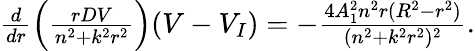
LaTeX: \begin{array}{r}{\frac{d}{dr}\left(\frac{rDV}{n^{2}+k^{2}r^{2}}\right)(V-V_{I})=-\frac{4A_{1}^{2}n^{2}r(R^{2}-r^{2})}{(n^{2}+k^{2}r^{2})^{2}}.}\end{array}